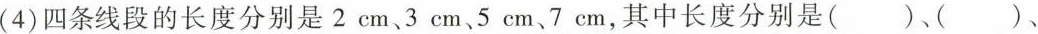
(4)四条线段的长度分别是2cm、3cm、5cm、7cm，其中长度分别是()、()、